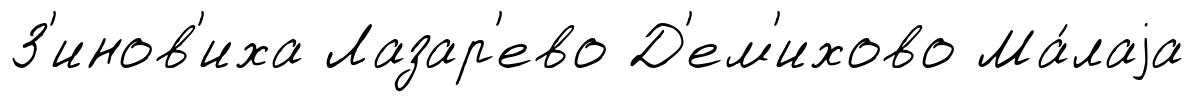
З'инов'иха Лазар'ево Д'ем'ихово Ма́лаjа